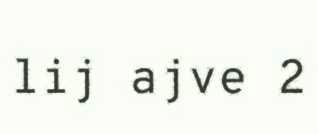
lij ajve 2